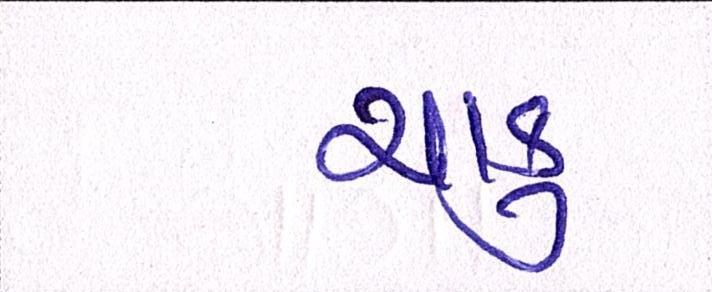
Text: ચાકુ